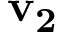
\mathbf { v _ { 2 } }